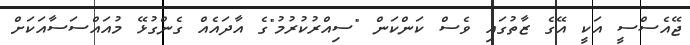
ޖޭއެސްސީ އަކީ އޭގެ ޒާތުގައި ވެސް ކަންކަން "ސިއްރުކުރުމު"ގެ އާދައެއް ގެންގުޅޭ މުއައްސަސާއަކަށް